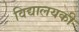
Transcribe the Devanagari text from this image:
विद्यालयकी